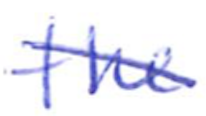
Text: the
Cross-out: diagonal
Writing tool: ballpoint